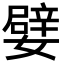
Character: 嬖